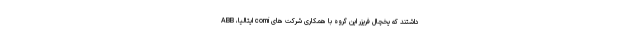
داشتند که یخچال فریزر این گروه با همکاری شرکت های comi ایتالیا، ABB